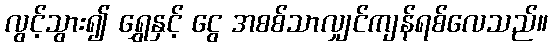
လွင့်သွား၍ ရွှေနှင့် ငွေ အစစ်သာလျှင်ကျန်ရစ်လေသည်။